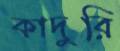
কাদুরি